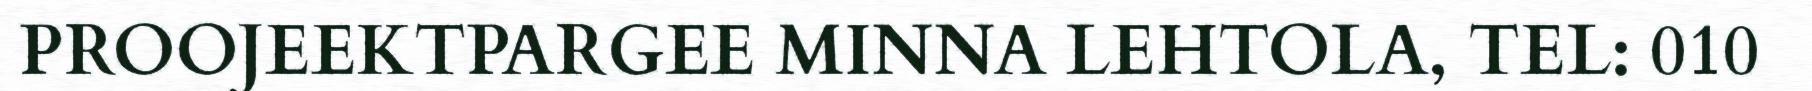
PROOJEEKTPARGEE MINNA LEHTOLA, TEL: 010